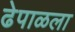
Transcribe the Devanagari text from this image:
ढेपाळला